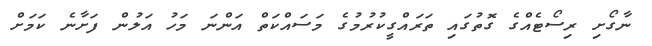
ނާގޯށި ރިސޯޓެއްގެ ގޮތުގައި ތަރައްގީކުރުމުގެ މަސައްކަތް އަންނަ މަހު އަލުން ފަށާނެ ކަމަށް